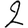
Digit: 2